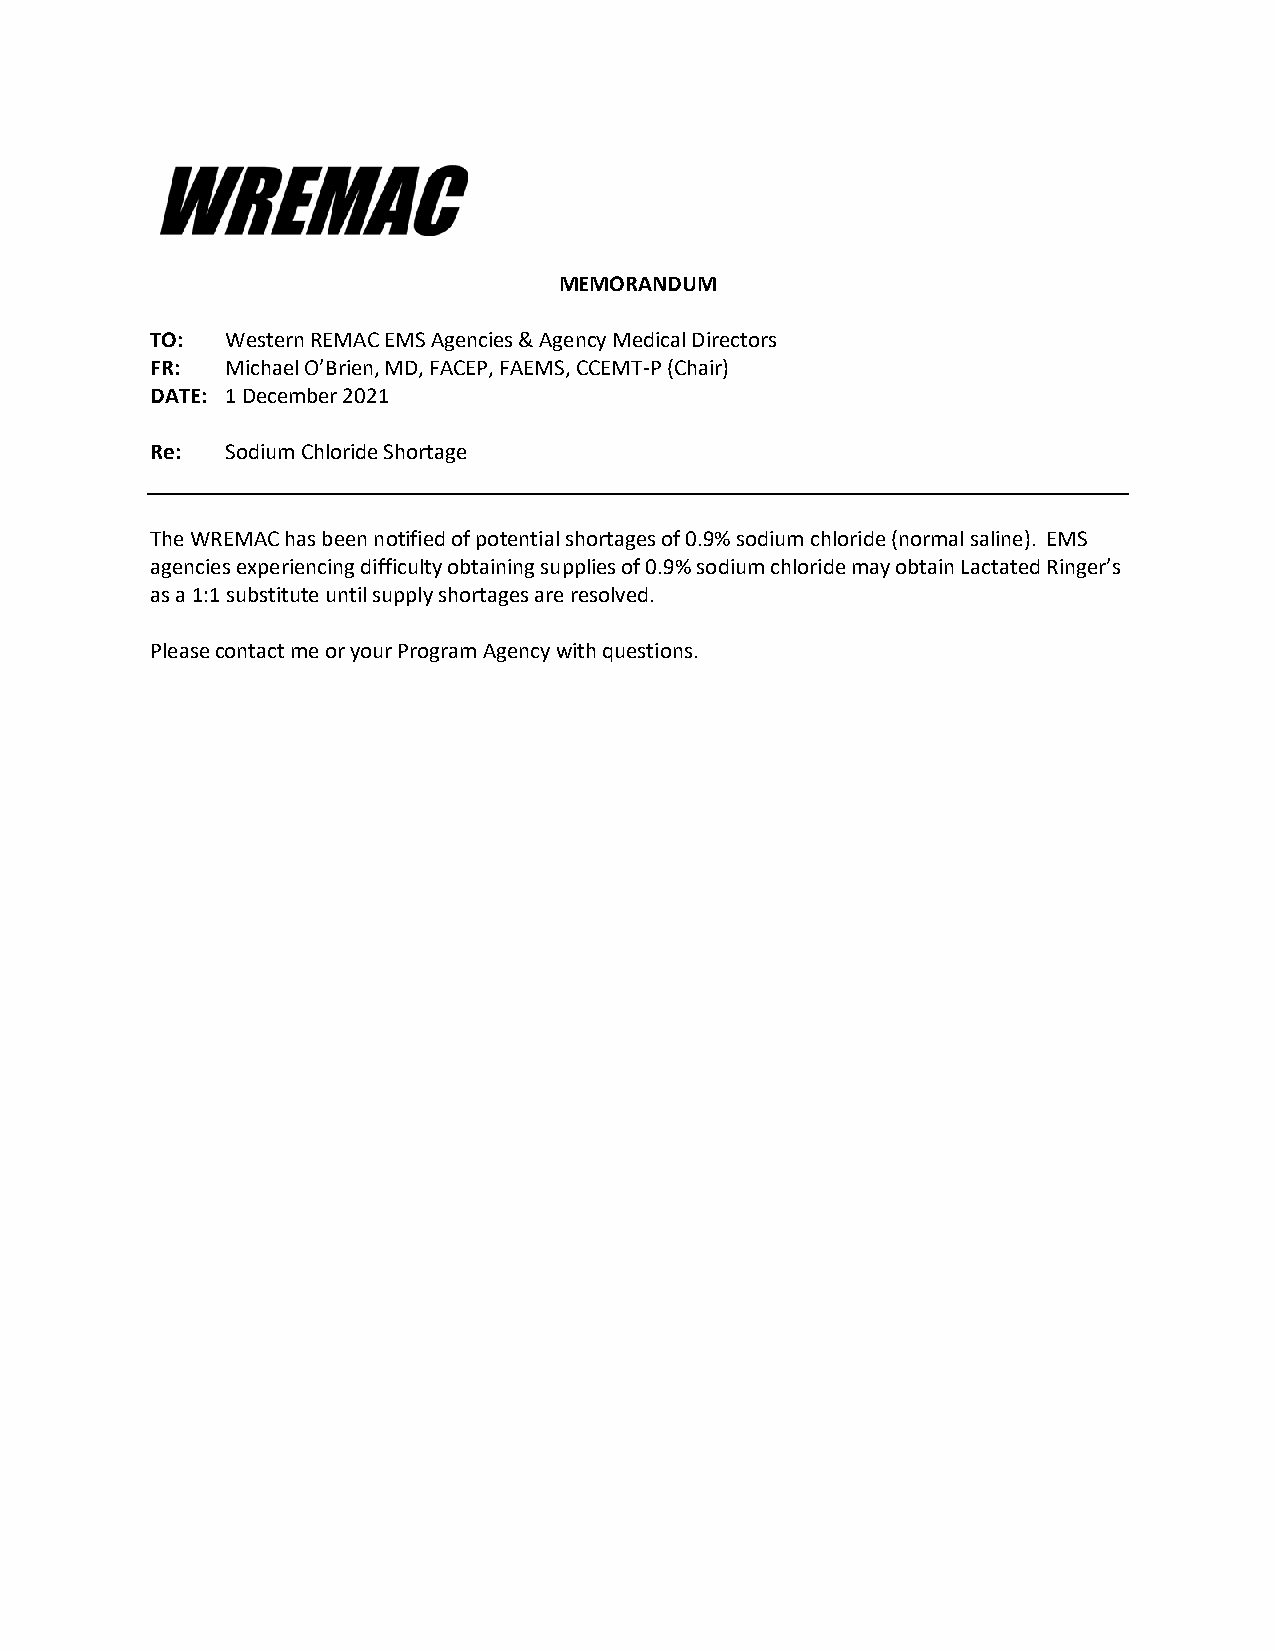
MEMORANDUM
 TO:  Western REMAC EMS Agencies & Agency Medical Directors
 FR:  Michael O’Brien, MD, FACEP, FAEMS, CCEMT-P (Chair)
 DATE: 1 December 2021
 Re:  Sodium Chloride Shortage
 The WREMAC has been notified of potential shortages of 0.9% sodium chloride (normal saline). EMS
 agencies experiencing difficulty obtaining supplies of 0.9% sodium chloride may obtain Lactated Ringer’s
 as a 1:1 substitute until supply shortages are resolved.
 Please contact me or your Program Agency with questions.